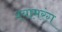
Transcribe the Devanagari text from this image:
श्यामरंग